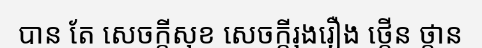
បាន តែ សេចក្តីសុខ សេចក្តីរុងរឿង ថ្កើន ថ្កាន